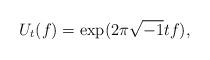
LaTeX: \begin{align*}U_t(f) = \exp({2\pi \sqrt{-1} t f}), \end{align*}